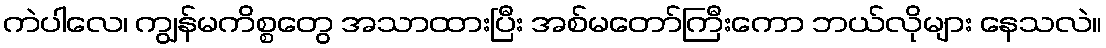
ကဲပါလေ၊ ကျွန်မကိစ္စတွေ အသာထားပြီး အစ်မတော်ကြီးကော ဘယ်လိုများ နေသလဲ။